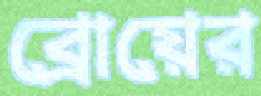
ব্রোয়ের